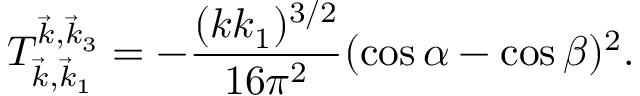
T _ { \vec { k } , \vec { k } _ { 1 } } ^ { \vec { k } , \vec { k } _ { 3 } } = - \frac { ( k k _ { 1 } ) ^ { 3 / 2 } } { 1 6 \pi ^ { 2 } } ( \cos \alpha - \cos \beta ) ^ { 2 } .